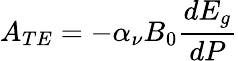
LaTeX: A_{TE}=-\alpha_{\nu}B_{0}\frac{dE_{g}}{dP}